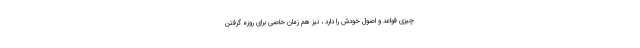
چیزی قواعد و اصول خودش را دارد ، نیز هم زمان خاصی برای روزه گرفتن